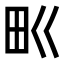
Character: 𤰕